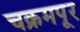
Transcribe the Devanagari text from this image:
चक्रमपूर